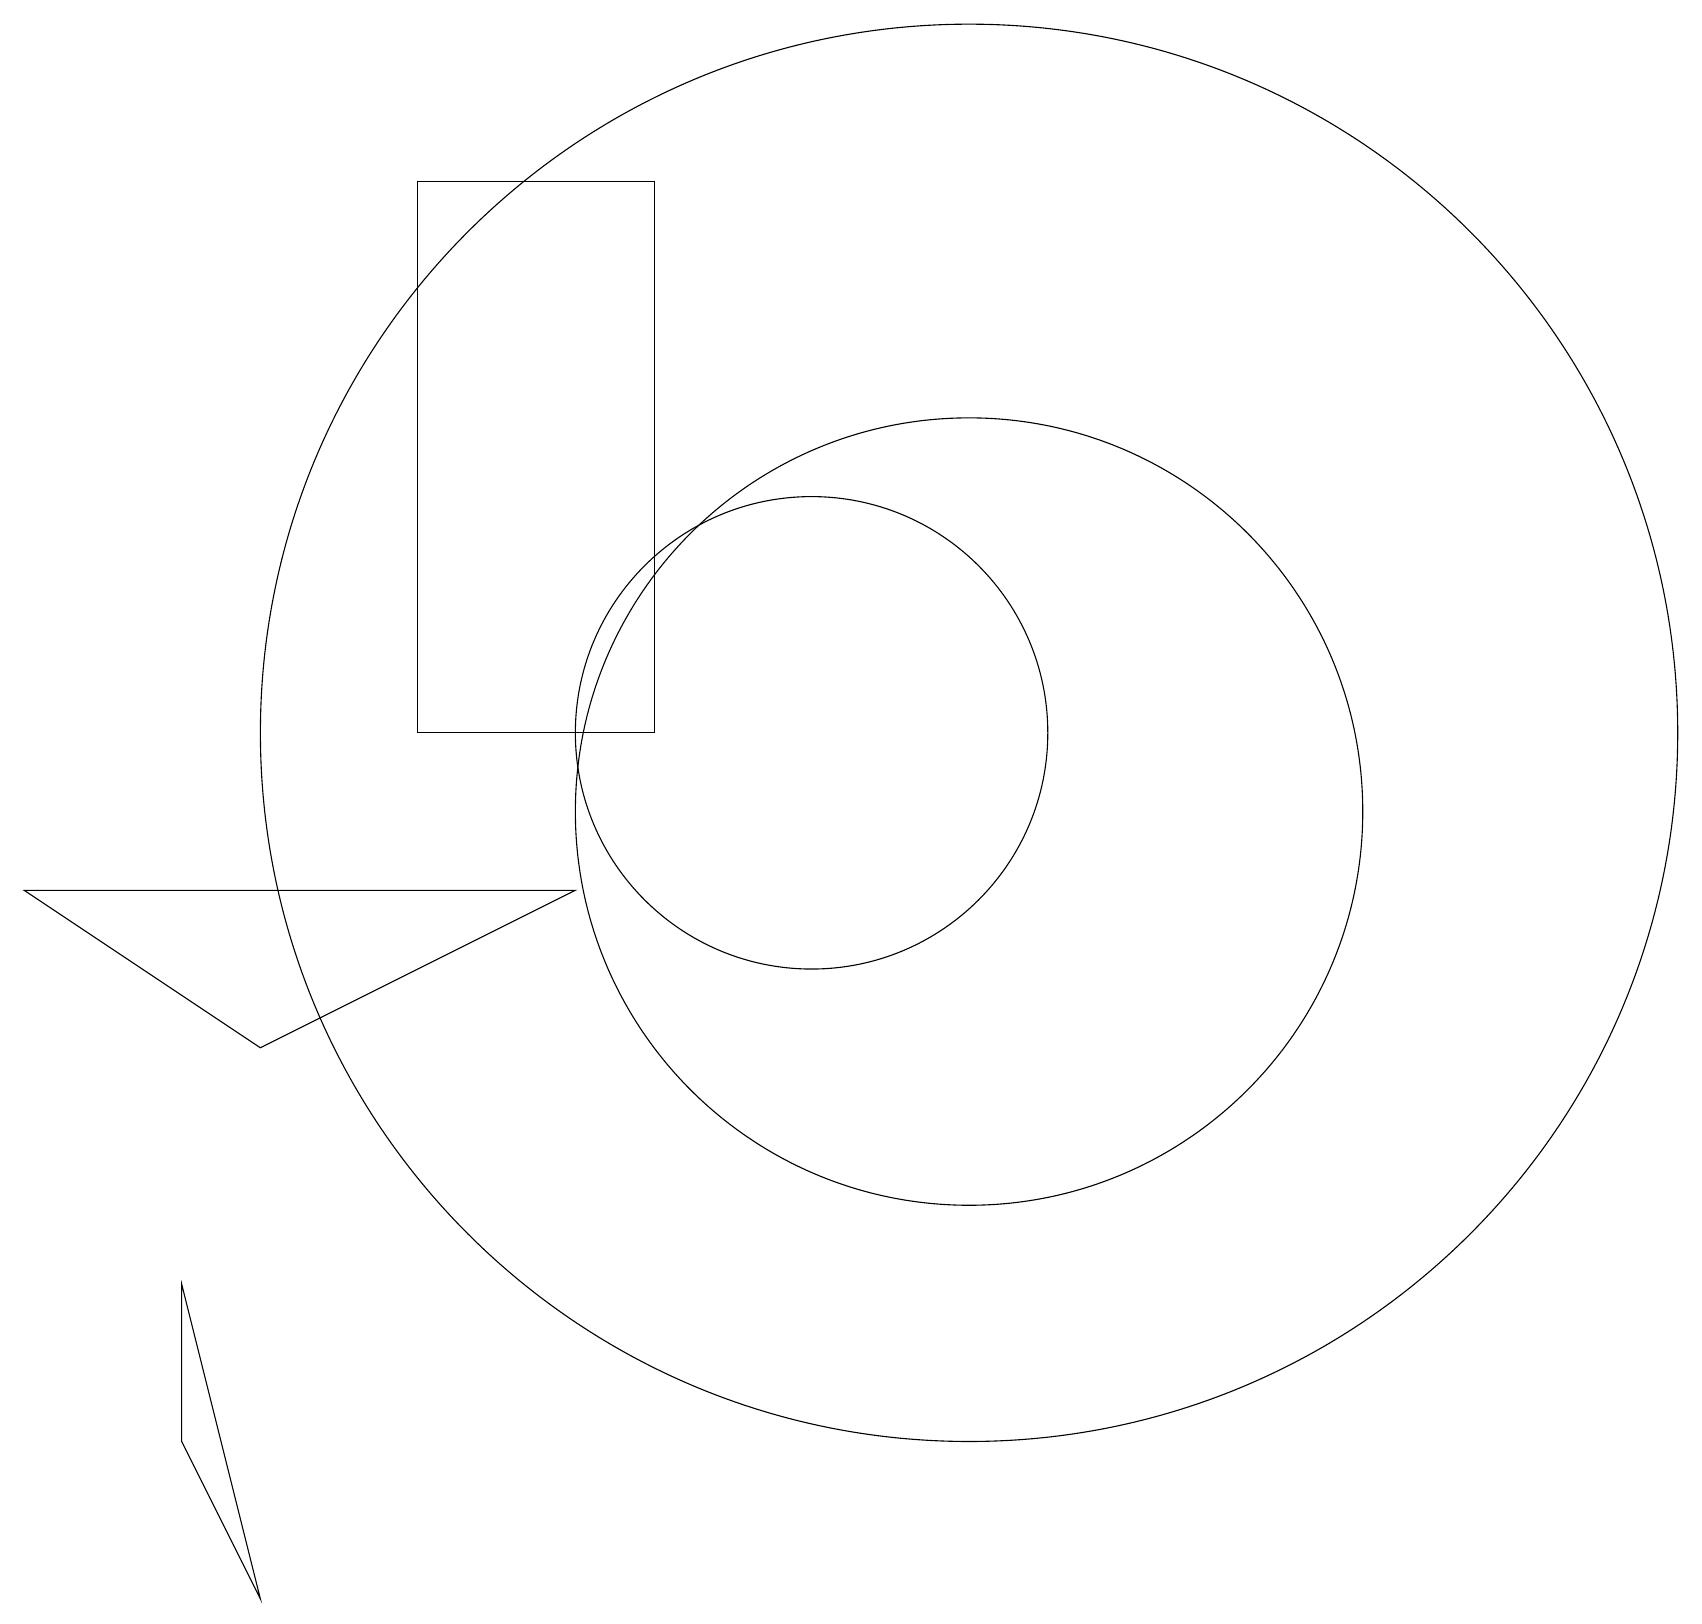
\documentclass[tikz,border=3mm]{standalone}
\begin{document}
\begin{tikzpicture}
\draw (12,10) circle (5);
\draw (0,9) -- (3,7) -- (7,9) -- cycle;
\draw (2,4) -- (3,0) -- (2,2) -- cycle;
\draw (10,11) circle (3);
\draw (8,18) rectangle (5,11);
\draw (12,11) circle (9);
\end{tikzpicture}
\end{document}